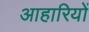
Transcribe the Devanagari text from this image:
आहारियों